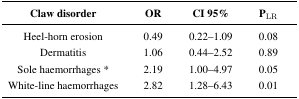
<table><thead><tr><td><b>Claw disorder</b></td><td><b>OR</b></td><td><b>CI 95%</b></td><td><b>P<sub>LR</sub></b></td></tr></thead><tbody><tr><td>Heel-horn erosion</td><td>0.49</td><td>0.22–1.09</td><td>0.08</td></tr><tr><td>Dermatitis</td><td>1.06</td><td>0.44–2.52</td><td>0.89</td></tr><tr><td>Sole haemorrhages *</td><td>2.19</td><td>1.00–4.97</td><td>0.05</td></tr><tr><td>White-line haemorrhages</td><td>2.82</td><td>1.28–6.43</td><td>0.01</td></tr></tbody></table>